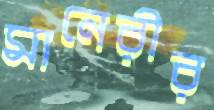
মানেরীর